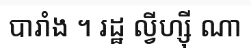
បារាំង ។ រដ្ឋ ល្វីហ្ស៊ី ណា